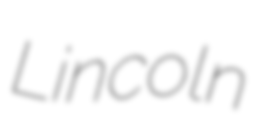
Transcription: Lincoln